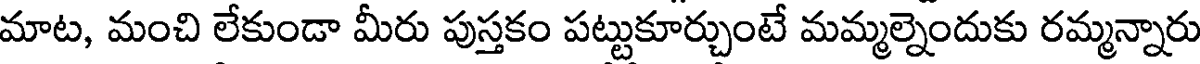
మాట, మంచి లేకుండా మీరు పుస్తకం పట్టుకూర్చుంటే మమ్మల్నెందుకు రమ్మన్నారు